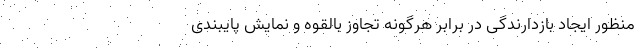
منظور ایجاد بازدارندگی در برابر هرگونه تجاوز بالقوه و نمایش پایبندی